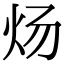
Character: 炀